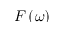
F \left( \omega \right)